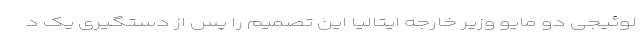
لوئیجی دو مایو وزیر خارجه ایتالیا این تصمیم را پس از دستگیری یک د